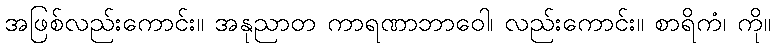
အဖြစ်လည်းကောင်း။ အနုညာတ ကာရဏာဘာဝေါ၊ လည်းကောင်း။ စာရိကံ၊ ကို။